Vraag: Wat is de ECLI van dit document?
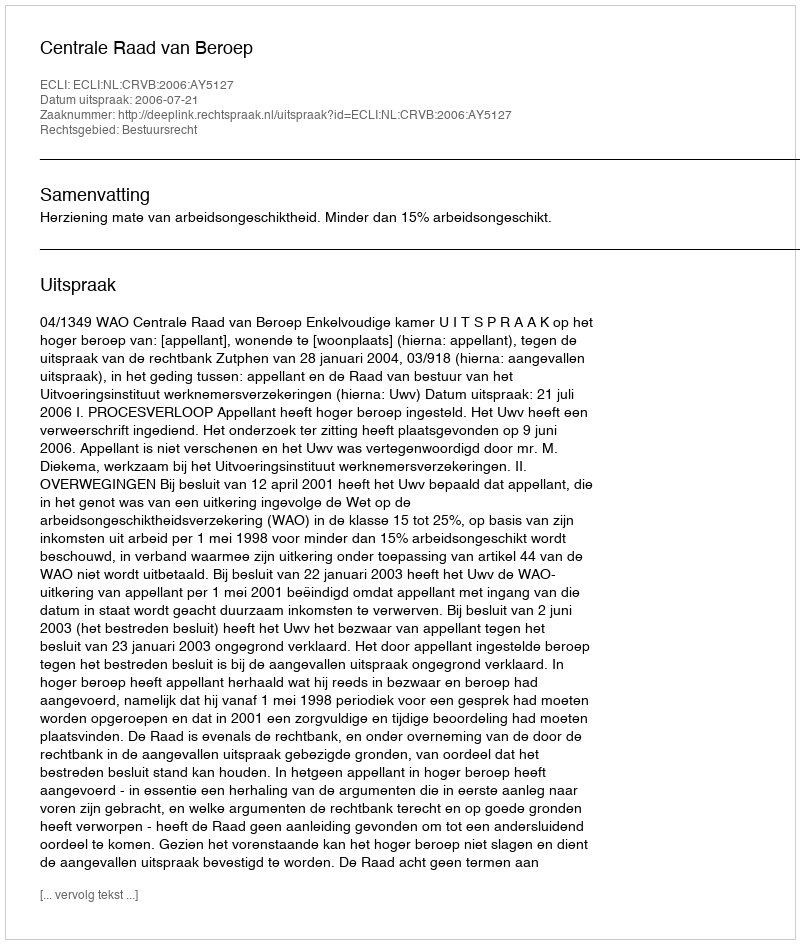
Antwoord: ECLI:NL:CRVB:2006:AY5127